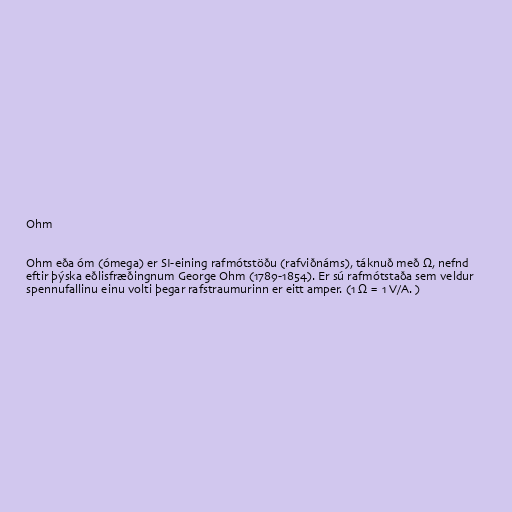
Ohm

Ohm eða óm (ómega) er SI-eining rafmótstöðu (rafviðnáms), táknuð með Ω, nefnd
eftir þýska eðlisfræðingnum George Ohm (1789-1854). Er sú rafmótstaða sem veldur
spennufallinu einu volti þegar rafstraumurinn er eitt amper. (1 Ω = 1 V/A. )